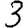
Digit: 3